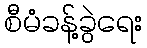
စီမံခန့်ခွဲရေး